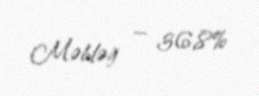
Məbləğ — 36,8%